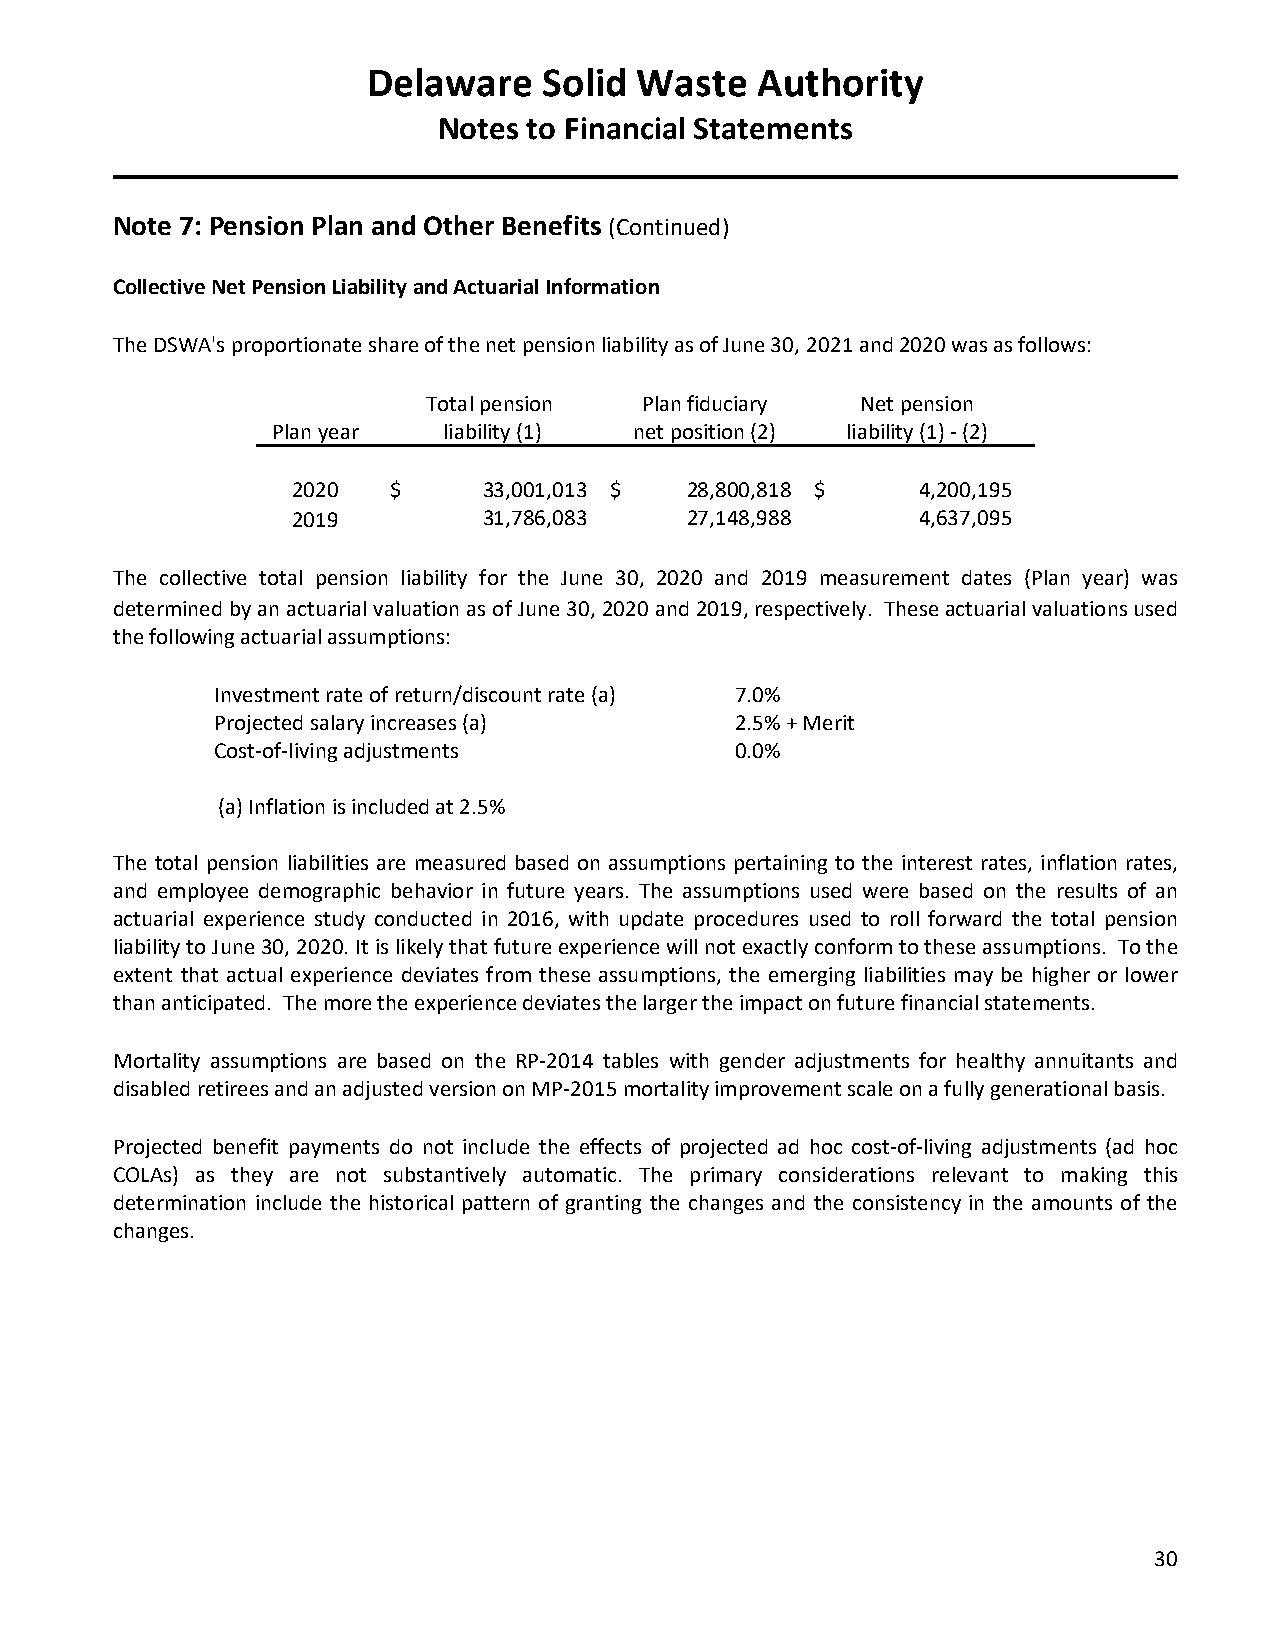
Delaware    Solid Waste   Authority
 Notes to Financial Statements
 Note 7: Pension Plan and Other Benefits (Continued)
 Collective Net Pension Liability and Actuarial Information
 The DSWA's proportionate share of the net pension liability as of June 30, 2021 and 2020 was as follows:
 Total pension Plan fiduciary Net pension
 Plan year  liability (1) net position (2) liability (1) - (2)
 2020   $     33,001,013 $ 28,800,818 $    4,200,195
 2019         31,786,083   27,148,988      4,637,095
 The collective total pension liability for the June 30, 2020 and 2019 measurement dates (Plan year) was
 determined by an actuarial valuation as of June 30, 2020 and 2019, respectively. These actuarial valuations used
 the following actuarial assumptions:
 Investment rate of return/discount rate (a) 7.0%
 Projected salary increases (a)     2.5% + Merit
 Cost-of-living adjustments         0.0%
 (a) Inflation is included at 2.5%
 The total pension liabilities are measured based on assumptions pertaining to the interest rates, inflation rates,
 and employee demographic behavior in future years. The assumptions used were based on the results of an
 actuarial experience study conducted in 2016, with update procedures used to roll forward the total pension
 liability to June 30, 2020. It is likely that future experience will not exactly conform to these assumptions. To the
 extent that actual experience deviates from these assumptions, the emerging liabilities may be higher or lower
 than anticipated. The more the experience deviates the larger the impact on future financial statements.
 Mortality assumptions are based on the RP-2014 tables with gender adjustments for healthy annuitants and
 disabled retirees and an adjusted version on MP-2015 mortality improvement scale on a fully generational basis.
 Projected benefit payments do not include the effects of projected ad hoc cost-of-living adjustments (ad hoc
 COLAs) as they are not substantively automatic. The primary considerations relevant to making this
 determination include the historical pattern of granting the changes and the consistency in the amounts of the
 changes.
 30